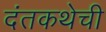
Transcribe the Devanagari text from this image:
दंतकथेची